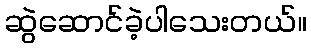
ဆွဲဆောင်ခဲ့ပါသေးတယ်။